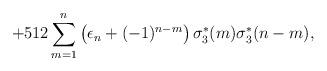
LaTeX: \begin{align*}+512\sum^{n}_{m=1}\left(\epsilon_n+(-1)^{n-m}\right)\sigma^{*}_3(m)\sigma^{*}_3(n-m),\end{align*}